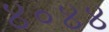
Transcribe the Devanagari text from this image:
४०४४